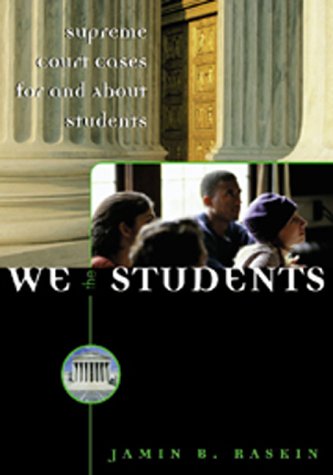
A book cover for We the Students: Supreme Court Cases for and about Students; Jamin B. Raskin; Law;